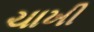
ચાખી